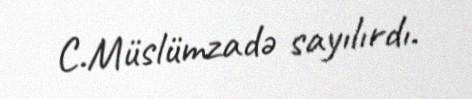
C.Müslümzadə sayılırdı.